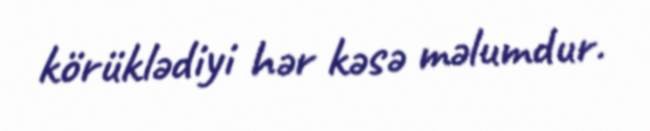
körüklədiyi hər kəsə məlumdur.